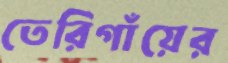
তেরিগাঁয়ের